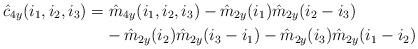
LaTeX: \begin{align*} \hat{c}_{4y}(i_1,i_2,i_3) = &\ \hat{m}_{4y}(i_1,i_2,i_3) - \hat{m}_{2y}(i_1)\hat{m}_{2y}(i_2 - i_3)\\ & - \hat{m}_{2y}(i_2)\hat{m}_{2y}(i_3 - i_1) - \hat{m}_{2y}(i_3)\hat{m}_{2y}(i_1 - i_2)\end{align*}